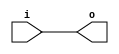
module io_buffer(
    input wire i,
    output reg o
);

assign o = i;

endmodule